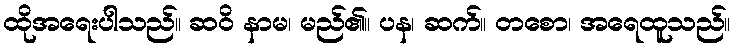
ထိုအရေးပါသည်။ ဆဝိ နာမ၊ မည်၏။ ပန၊ ဆက်။ တစော၊ အရေထူသည်။